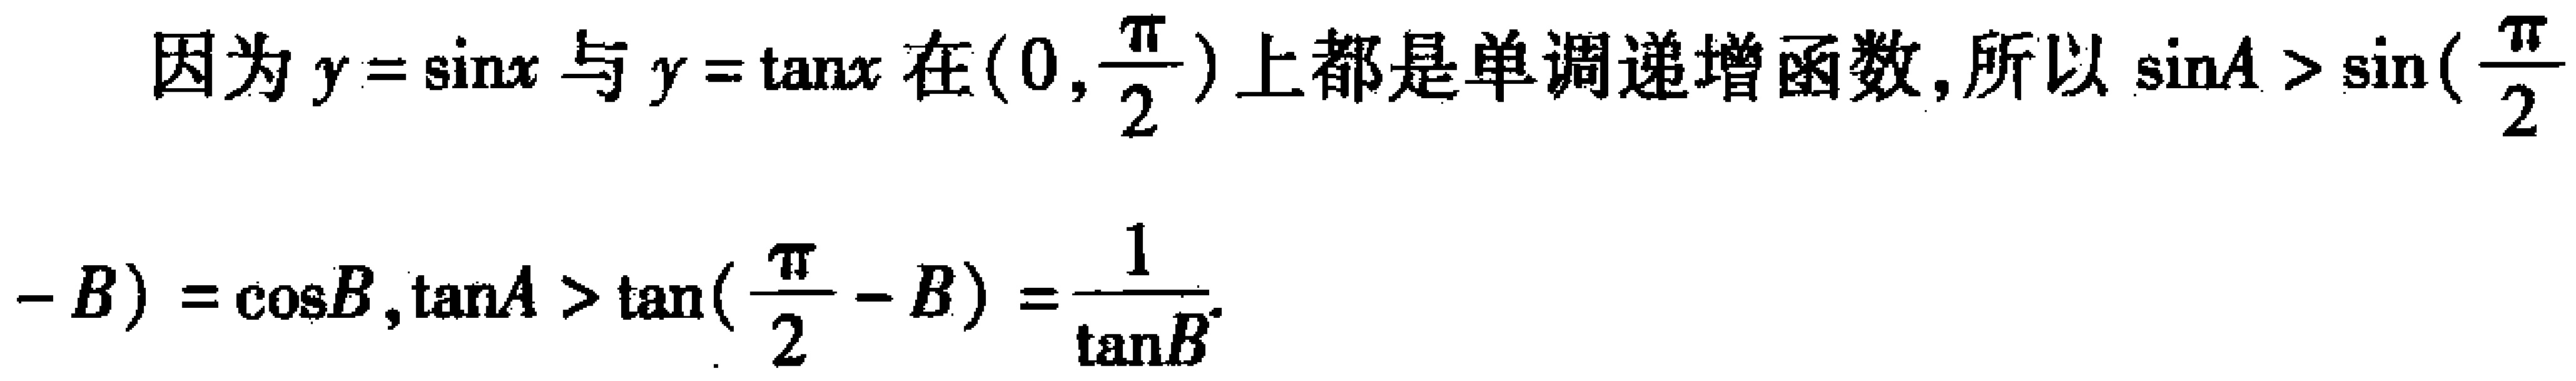
因为\(y = \sin x\)与\(y = \tan x\)在\((0,\frac{\pi}{2})\)上都是单调递增函数,所以\(\sin A>\sin((\frac{\pi}{2} - B)=\cos B,\tan A>\tan(\frac{\pi}{2} - B)=\frac{1}{\tan B}\)